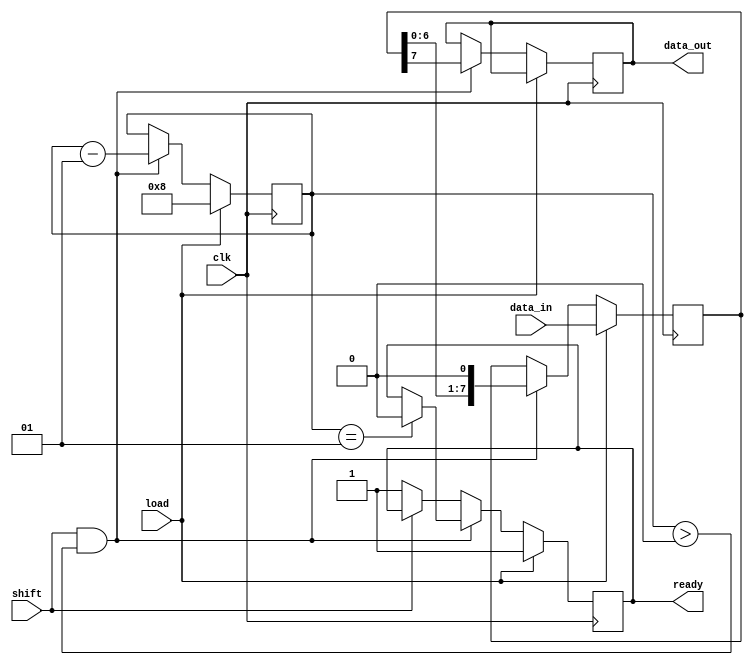
module PISO_Register #(
    parameter n = 8  // Width of the register (number of bits)
)(
    input wire clk,                 // Clock signal
    input wire load,                // Load control signal
    input wire shift,               // Shift control signal
    input wire [n-1:0] data_in,     // Parallel input data bus
    output reg data_out,            // Serial output data line
    output reg ready                // Ready signal (optional)
);

    reg [n-1:0] shift_reg;          // Internal shift register
    integer count;                  // Counter for the number of bits shifted out

    always @(posedge clk) begin
        if (load) begin
            shift_reg <= data_in;   // Load data into the shift register
            count <= n;             // Initialize counter
            ready <= 1'b1;          // Set ready signal high
        end else if (shift && (count > 0)) begin
            data_out <= shift_reg[n-1]; // Shift out the MSB
            shift_reg <= shift_reg << 1; // Shift left
            count <= count - 1;      // Decrement the count
            if (count == 1)           // If last bit is outputted
                ready <= 1'b0;       // Clear ready signal
        end else if (!shift) begin
            ready <= 1'b1;           // Ready signal is high when not shifting
        end
    end

    // Optional: Synchronous Reset
    /*
    always @(posedge clk or posedge reset) begin
        if (reset) begin
            shift_reg <= 0;          // Clear the register
            data_out <= 0;           // Clear the output
            count <= 0;              // Reset the count
            ready <= 1'b0;           // Set ready signal low
        end
    end
    */

endmodule